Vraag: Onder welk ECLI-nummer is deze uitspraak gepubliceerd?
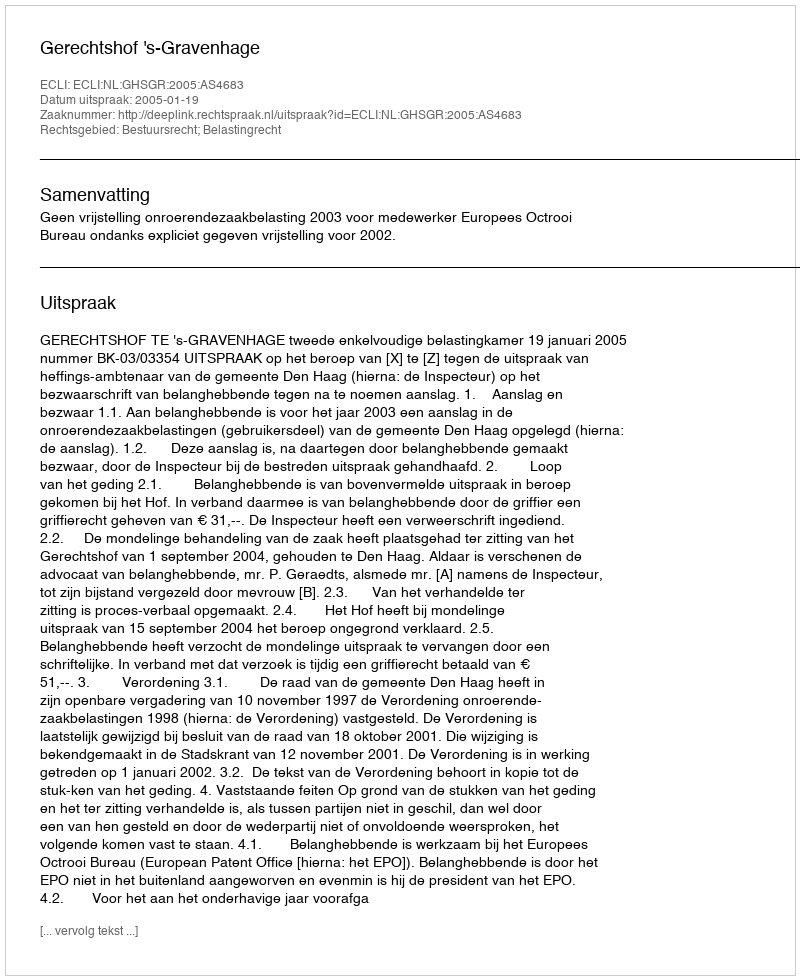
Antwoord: ECLI:NL:GHSGR:2005:AS4683